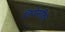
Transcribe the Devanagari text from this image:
लियेसकिर